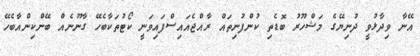
އޭނާ ވިދާޅުވީ ދުނިޔޭގެ މަޝްހޫރު ބޮޑެތި ކުންފުނިތައް ރާއްޖެއައިސްފައިވަނީ ކޯޓުތަކާބެހޭ ގާނޫނެއް ބޭންކިންއާބެހޭ